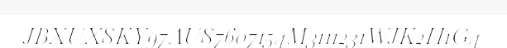
JBXUXSKY97AUS7607154M3111231WJK2H1G4